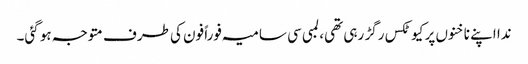
ندا اپنے ناخنوں پر کیوٹکس رگڑ رہی تھی، لمبی سی سامیہ فوراً فون کی طرف متوجہ ہو گئی۔